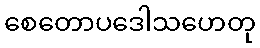
စေတောပဒေါသဟေတု